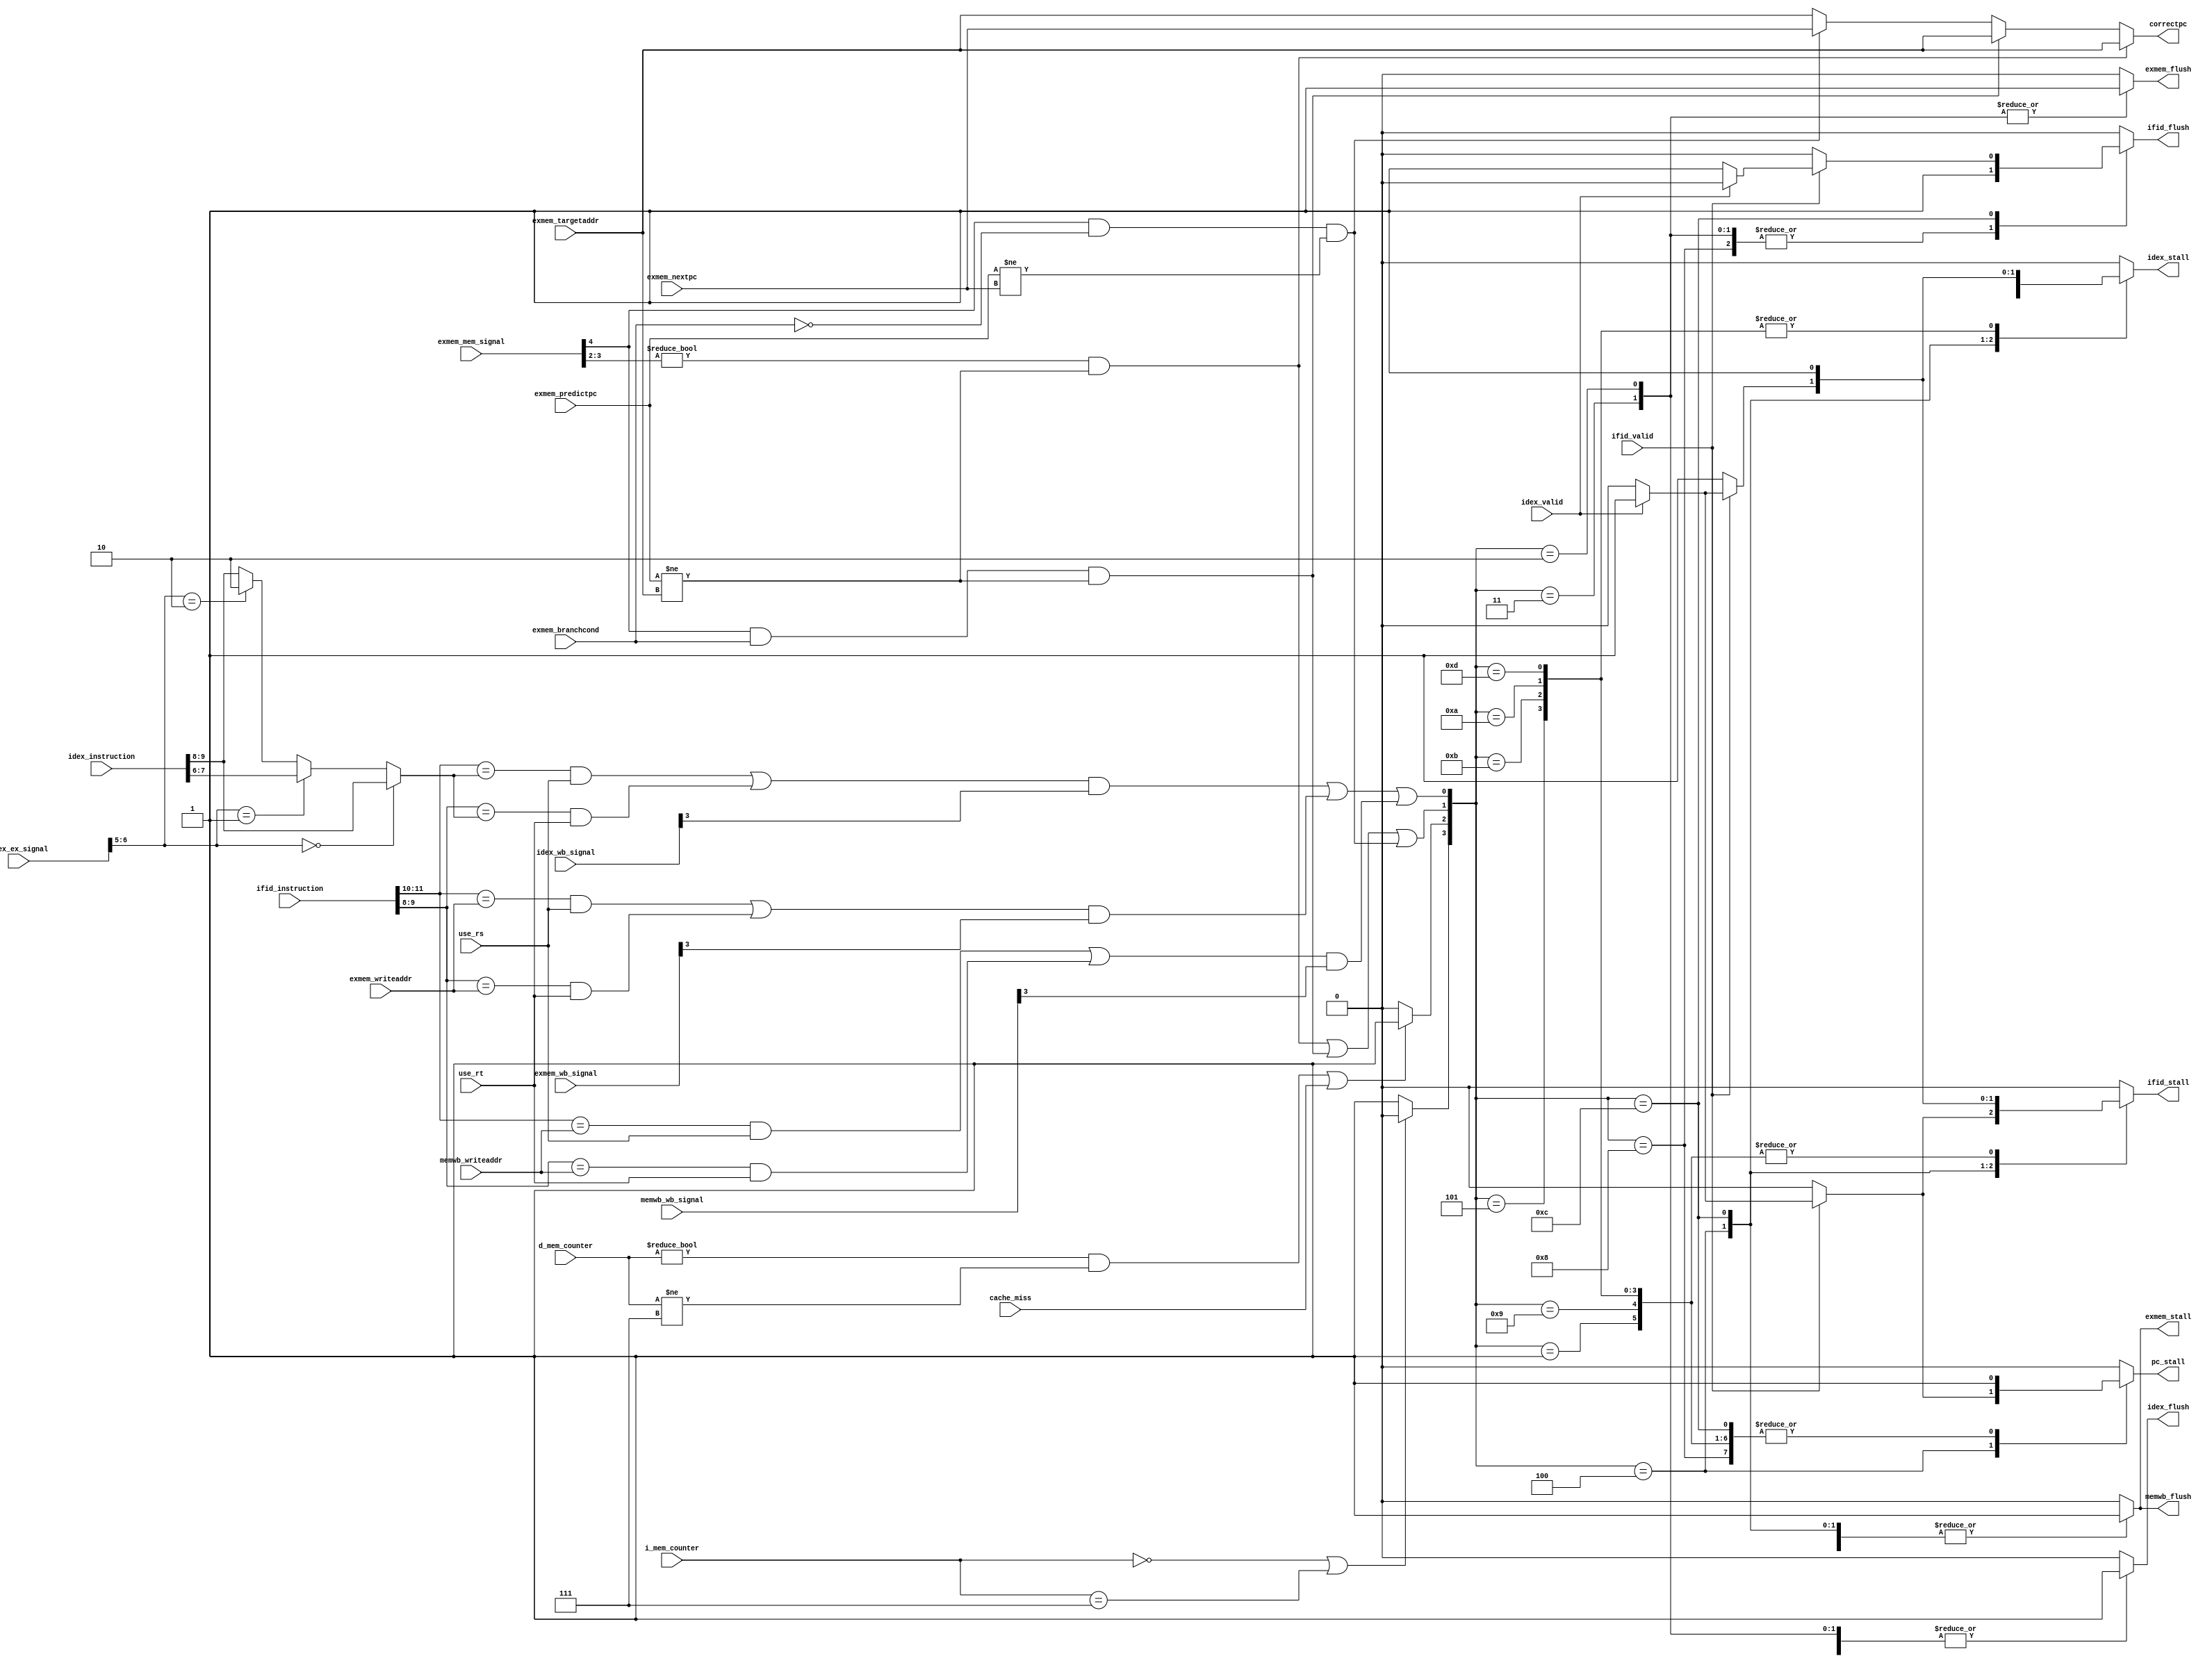
module Hazard (ifid_instruction, idex_instruction, use_rs, use_rt, idex_ex_signal, idex_wb_signal, exmem_branchcond, exmem_mem_signal, exmem_wb_signal, exmem_writeaddr, exmem_targetaddr, exmem_predictpc, exmem_nextpc, memwb_wb_signal, memwb_writeaddr, i_mem_counter, d_mem_counter, ifid_valid, idex_valid, cache_miss, pc_stall, ifid_stall, ifid_flush, idex_stall, idex_flush, exmem_stall, exmem_flush, memwb_flush, correctpc);
    input [15:0] ifid_instruction;
    input [15:0] idex_instruction;
    input use_rs;
    input use_rt;
    input [6:0] idex_ex_signal;//{Regdst, ALUOp, ALUSrc}
    input [5:0] idex_wb_signal;//{MemtoReg, Regwrite, WWD, HLT, numinst_cond}
    input exmem_branchcond;
    input [4:0] exmem_mem_signal;//{Branch, Jump, Memread, Memwrite}
    input [5:0] exmem_wb_signal;
    input [1:0] exmem_writeaddr;
    input [15:0] exmem_targetaddr;
    input [15:0] exmem_predictpc;
    input [15:0] exmem_nextpc;
    input [5:0] memwb_wb_signal;
    input [1:0] memwb_writeaddr;
    input [2:0] i_mem_counter;//1 for i_mem_hazard 1
    input [2:0] d_mem_counter;//1 for d_mem_hazard 1
    input ifid_valid;
    input idex_valid;
    input cache_miss;
    
    output reg pc_stall;
    output reg ifid_stall;
    output reg ifid_flush;
    output reg idex_stall;
    output reg idex_flush;
    output reg exmem_stall;
    output reg exmem_flush;
    output reg memwb_flush;
    output [15:0] correctpc;//for branch or jump misprediction
    
    wire [1:0] ifid_rs, ifid_rt, idex_writeaddr;
    assign ifid_rs = ifid_instruction[11:10];
    assign ifid_rt = ifid_instruction[9:8];
    assign idex_writeaddr = (idex_ex_signal[6:5] == 2'd0) ? idex_instruction[9:8] :
                            (idex_ex_signal[6:5] == 2'd1) ? idex_instruction[7:6] :
                            (idex_ex_signal[6:5] == 2'd2) ? 2'd2 : idex_instruction[9:8];

    wire i_mem_hazard, d_mem_hazard;
    assign i_mem_hazard = (i_mem_counter == 3'd0 || i_mem_counter == 3'd7) ? 0 : 1;
    assign d_mem_hazard = ((d_mem_counter != 3'd0 && d_mem_counter != 3'd7) || cache_miss) ? 1 : 0;

    wire data_hazard, control_hazard;
    assign data_hazard = (((ifid_rs == idex_writeaddr && use_rs) || (ifid_rt == idex_writeaddr && use_rt)) && idex_wb_signal[3]) ||//id-ex
                         (((ifid_rs == exmem_writeaddr && use_rs) || (ifid_rt == exmem_writeaddr && use_rt)) && exmem_wb_signal[3]) ||//id-mem
                         (((ifid_rs == memwb_writeaddr && use_rs) || (ifid_rt == memwb_writeaddr && use_rt)) && memwb_wb_signal[3]);//id-wb
    assign control_hazard = (exmem_mem_signal[3:2] != 2'd0 && exmem_predictpc != exmem_targetaddr) ||//jump
                            (exmem_mem_signal[4] && exmem_branchcond && exmem_predictpc != exmem_targetaddr) ||//branch taken
                            (exmem_mem_signal[4] && !exmem_branchcond && exmem_predictpc != exmem_nextpc);//branch not taken

    assign correctpc = (exmem_mem_signal[3:2] != 2'd0 && exmem_predictpc != exmem_targetaddr) ? exmem_targetaddr ://jump
                       (exmem_mem_signal[4] && exmem_branchcond && exmem_predictpc != exmem_targetaddr) ? exmem_targetaddr ://branch taken
                       (exmem_mem_signal[4] && !exmem_branchcond && exmem_predictpc != exmem_nextpc) ? exmem_nextpc : exmem_targetaddr;//branch not taken

    wire [3:0] hazard;

    assign hazard = {i_mem_hazard, d_mem_hazard, control_hazard, data_hazard};

    always @(*) begin
        case (hazard)
            4'b0001 : begin
                pc_stall = 1;
                ifid_stall = 1;
                ifid_flush = 0;
                idex_stall = 0;
                idex_flush = 1;
                exmem_stall = 0;
                exmem_flush = 0;
                memwb_flush = 0;
            end  
            4'b0010,
            4'b0011 : begin
                pc_stall = 0;
                ifid_stall = 0;
                ifid_flush = 1;
                idex_stall = 0;
                idex_flush = 1;
                exmem_stall = 0;
                exmem_flush = 1;
                memwb_flush = 0;
            end
            4'b0100 : begin
                ifid_flush = 0;
                idex_flush = 0;
                exmem_stall = 1;
                exmem_flush = 0;
                memwb_flush = 1;

                if (!ifid_valid) begin
                    if (!idex_valid) begin
                        pc_stall = 0;
                        ifid_stall = 0;
                        idex_stall = 0;
                    end
                    else begin
                        pc_stall = 0;
                        ifid_stall = 0;
                        idex_stall = 1;
                    end
                end
                else begin
                    if(!idex_valid) begin
                        pc_stall = 0;
                        ifid_stall = 0;
                        idex_stall = 0;
                    end
                    else begin
                        pc_stall = 1;
                        ifid_stall = 1;
                        idex_stall = 1;
                    end
                end
            end
            4'b0101 : begin
                pc_stall = 1;
                ifid_stall = 1;
                ifid_flush = 0;
                idex_stall = 1;
                idex_flush = 0;
                exmem_stall = 1;
                exmem_flush = 0;
                memwb_flush = 1;
            end
            4'b1000 : begin
                pc_stall = 1;
                ifid_stall = 0;
                ifid_flush = 1;
                idex_stall = 0;
                idex_flush = 0;
                exmem_stall = 0;
                exmem_flush = 0;
                memwb_flush = 0;
            end
            4'b1001 : begin
                pc_stall = 1;
                ifid_stall = 1;
                ifid_flush = 0;
                idex_stall = 0;
                idex_flush = 1;
                exmem_stall = 0;
                exmem_flush = 0;
                memwb_flush = 0;
            end
            4'b1010,
            4'b1011 : begin
                pc_stall = 1;
                ifid_stall = 1;
                ifid_flush = 0;
                idex_stall = 1;
                idex_flush = 0;
                exmem_stall = 1;
                exmem_flush = 0;
                memwb_flush = 1;
            end
            4'b1100 : begin
                pc_stall = 1;
                idex_flush = 0;
                exmem_stall = 1;
                exmem_flush = 0;
                memwb_flush = 1;

                if(ifid_valid) begin
                    if(!idex_valid) begin 
                       ifid_stall = 0;
                       ifid_flush = 1;
                       idex_stall = 0;
                    end
                    else begin
                       ifid_stall = 1;
                       ifid_flush = 0;
                       idex_stall = 1; 
                    end
                end
                else begin
                    ifid_stall = 1;
                    ifid_flush = 0;
                    idex_stall = 1;
                end
            end
            4'b1101 : begin
                pc_stall = 1;
                ifid_stall = 1;
                ifid_flush = 0;
                idex_stall = 1;
                idex_flush = 0;
                exmem_stall = 1;
                exmem_flush = 0;
                memwb_flush = 1;
            end
            default : begin
                pc_stall = 0;
                ifid_stall = 0;
                ifid_flush = 0;
                idex_stall = 0;
                idex_flush = 0;
                exmem_stall = 0;
                exmem_flush = 0;
                memwb_flush = 0;
            end
        endcase
    end

    // always @(*) begin
    //     //jump misprediction
    //     if(exmem_mem_signal[3:2] != 2'd0 && exmem_predictpc != exmem_targetaddr) begin
    //         pc_stall = 0;
    //         ifid_stall = 0;
    //         ifid_flush = 1;
    //         idex_flush = 1;
    //         exmem_flush = 1;
    //         correctpc = exmem_targetaddr;
    //     end
    //     //branch misprediction, branch is not taken or taken but predicted_pc is wrong
    //     else if(exmem_mem_signal[4] && exmem_branchcond && exmem_predictpc != exmem_targetaddr) begin
    //         pc_stall = 0;   
    //         ifid_stall = 0;
    //         ifid_flush = 1;
    //         idex_flush = 1;
    //         exmem_flush = 1;
    //         correctpc = exmem_targetaddr;
    //     end
    //     else if(exmem_mem_signal[4] && !exmem_branchcond && exmem_predictpc != exmem_nextpc) begin
    //         pc_stall = 0;
    //         ifid_stall = 0;
    //         ifid_flush = 1;
    //         idex_flush = 1;
    //         exmem_flush = 1;
    //         correctpc = exmem_nextpc;
    //     end
    //     //dependency on rs, rt
    //     else begin
    //         if() begin
    //             pc_stall = 1;
    //             ifid_stall = 1;
    //             ifid_flush = 0;
    //             idex_flush = 1;
    //             exmem_flush = 0;
    //             correctpc = 0;
    //         end
    //         else if begin
    //             pc_stall = 1;
    //             ifid_stall = 1;
    //             ifid_flush = 0;
    //             idex_flush = 1;
    //             exmem_flush = 0;
    //             correctpc = 0;
    //         end
    //         else if begin
    //             pc_stall = 1;
    //             ifid_stall = 1;
    //             ifid_flush = 0;
    //             idex_flush = 1;
    //             exmem_flush = 0;
    //             correctpc = 0;
    //         end
    //         else begin
    //             pc_stall = 0;
    //             ifid_stall = 0;
    //             ifid_flush = 0;
    //             idex_flush = 0;
    //             exmem_flush = 0;
    //             correctpc = 0;
    //         end
    //     end
    // end
endmodule